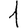
Digit: 1